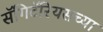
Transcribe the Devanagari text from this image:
सॅगिटॅरियसच्या